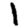
Digit: 1